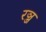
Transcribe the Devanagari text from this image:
रञ्ज